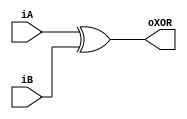
module m8bitXOR(input[7:0] iA,
						input[7:0] iB,
						output[7:0] oXOR);
						
assign oXOR[7:0] = iA[7:0] ^ iB[7:0];

endmodule